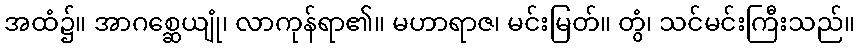
အထံ၌။ အာဂစ္ဆေယျုံ၊ လာကုန်ရာ၏။ မဟာရာဇ၊ မင်းမြတ်။ တွံ၊ သင်မင်းကြီးသည်။